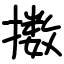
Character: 擞